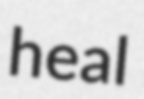
heal